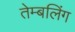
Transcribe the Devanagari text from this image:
तेम्बलिंग